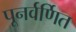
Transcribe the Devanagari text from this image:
पूनर्वर्णित